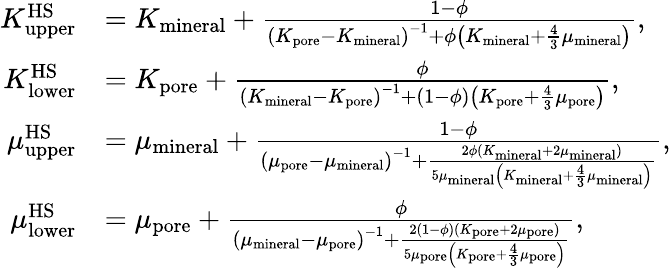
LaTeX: \begin{array}{rl}{K_{\mathrm{upper}}^{\mathrm{HS}}}&{=K_{\mathrm{mineral}}+\frac{1-\phi}{\left(K_{\mathrm{pore}}-K_{\mathrm{mineral}}\right)^{-1}+\phi\left(K_{\mathrm{mineral}}+\frac{4}{3}\mu_{\mathrm{mineral}}\right)},}\\ {K_{\mathrm{lower}}^{\mathrm{HS}}}&{=K_{\mathrm{pore}}+\frac{\phi}{\left(K_{\mathrm{mineral}}-K_{\mathrm{pore}}\right)^{-1}+\left(1-\phi\right)\left(K_{\mathrm{pore}}+\frac{4}{3}\mu_{\mathrm{pore}}\right)},}\\ {\mu_{\mathrm{upper}}^{\mathrm{HS}}}&{=\mu_{\mathrm{mineral}}+\frac{1-\phi}{\left(\mu_{\mathrm{pore}}-\mu_{\mathrm{mineral}}\right)^{-1}+\frac{2\phi(K_{\mathrm{mineral}}+2\mu_{\mathrm{mineral}})}{5\mu_{\mathrm{mineral}}\left(K_{\mathrm{mineral}}+\frac{4}{3}\mu_{\mathrm{mineral}}\right)}},}\\ {\mu_{\mathrm{lower}}^{\mathrm{HS}}}&{=\mu_{\mathrm{pore}}+\frac{\phi}{\left(\mu_{\mathrm{mineral}}-\mu_{\mathrm{pore}}\right)^{-1}+\frac{2(1-\phi)(K_{\mathrm{pore}}+2\mu_{\mathrm{pore}})}{5\mu_{\mathrm{pore}}\left(K_{\mathrm{pore}}+\frac{4}{3}\mu_{\mathrm{pore}}\right)}},}\end{array}